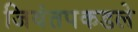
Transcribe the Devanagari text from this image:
जिवंतपकडले